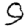
Digit: 9